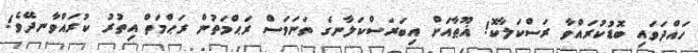
ހައްދަވައި ބޮޑުކުރައްވާ ރަސްކަލާކޮ! ޣޫޠާއަށް އިބަރަސްކަލާނގެ ތަނަވަސް ރަޙްމަތުން ރަޙްމަތް އިތުރު ކުރައްވާނދޭވެ!